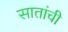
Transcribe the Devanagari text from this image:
सातांची